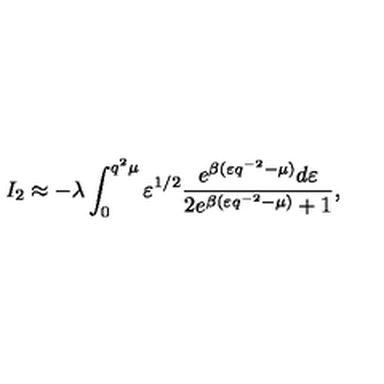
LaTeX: I _ { 2 } \approx - \lambda \int _ { 0 } ^ { q ^ { 2 } \mu } \varepsilon ^ { 1 / 2 } \frac { e ^ { \beta ( \varepsilon q ^ { - 2 } - \mu ) } d \varepsilon } { 2 e ^ { \beta ( \varepsilon q ^ { - 2 } - \mu ) } + 1 } ,